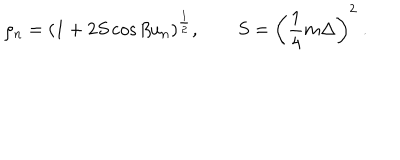
LaTeX: \rho _ { n } = \left( 1 + 2 S \cos \beta u _ { n } \right) ^ { \frac { 1 } { 2 } } , \qquad S = \left( { \frac { 1 } { 4 } } m \Delta \right) ^ { 2 } \ .